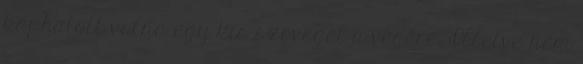
kaphatott volna egy kis szöveget a végére. Illetve nem